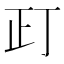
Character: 𰙛